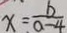
x = \frac { b } { a - 4 }